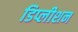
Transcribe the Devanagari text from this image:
डिप्लीशन